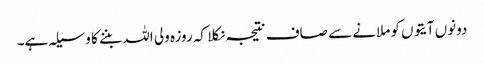
دونوں آیتوں کو ملانے سے صاف نتیجہ نکلا کہ روزہ ولی اللہ بننے کا وسیلہ ہے۔